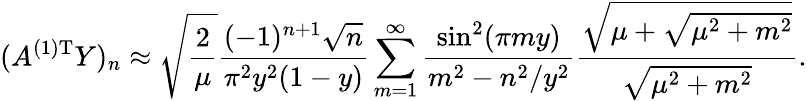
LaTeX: (A^{(1)\mathrm{T}}Y)_{n}\approx\sqrt{\frac{2}{\mu}}\frac{(-1)^{n+1}\sqrt{n}}{\pi^{2}y^{2}(1-y)}\sum_{m=1}^{\infty}\frac{\sin^{2}(\pi my)}{m^{2}-n^{2}/y^{2}}\frac{\sqrt{\mu+\sqrt{\mu^{2}+m^{2}}}}{\sqrt{\mu^{2}+m^{2}}}.